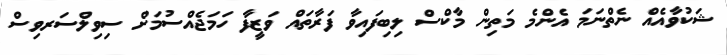
ޝަކުވާއެއް ނެތްނަމަ އެންމެ މަތިން މާކްސް ލިބިފައިވާ ފަރާތައް ވަޒީފާ ހަމަޖެއްސުމަށް ސިވިލްސަރވިސް